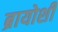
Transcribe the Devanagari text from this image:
ब्रायोशी